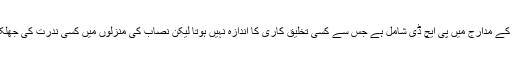
یوں تو ہمارے یہاں بھی علم کے مدارج میں پی ایچ ڈی شامل ہے جس سے کسی تخلیق کاری کا اندازہ نہیں ہوتا لیکن نصاب کی منزلوں میں کسی ندرت کی جھلک محسوس کی جاسکتی ہے۔